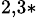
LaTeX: ^{2,3*}